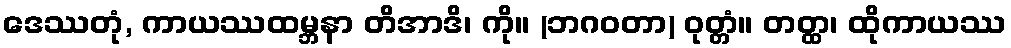
ဒေဿတုံ, ကာယဿထမ္ဘနာ တိအာဒိ၊ ကို။ (ဘဂဝတာ) ဝုတ္တံ။ တတ္ထ၊ ထိုကာယဿ